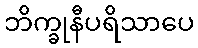
ဘိက္ခုနီပရိသာပေ